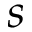
s